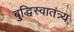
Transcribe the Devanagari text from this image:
बुद्धिस्वातंत्र्य